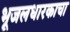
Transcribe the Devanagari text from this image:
भूजलधारकाचा